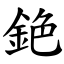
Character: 銫